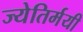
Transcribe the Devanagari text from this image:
ज्येतिर्मयी